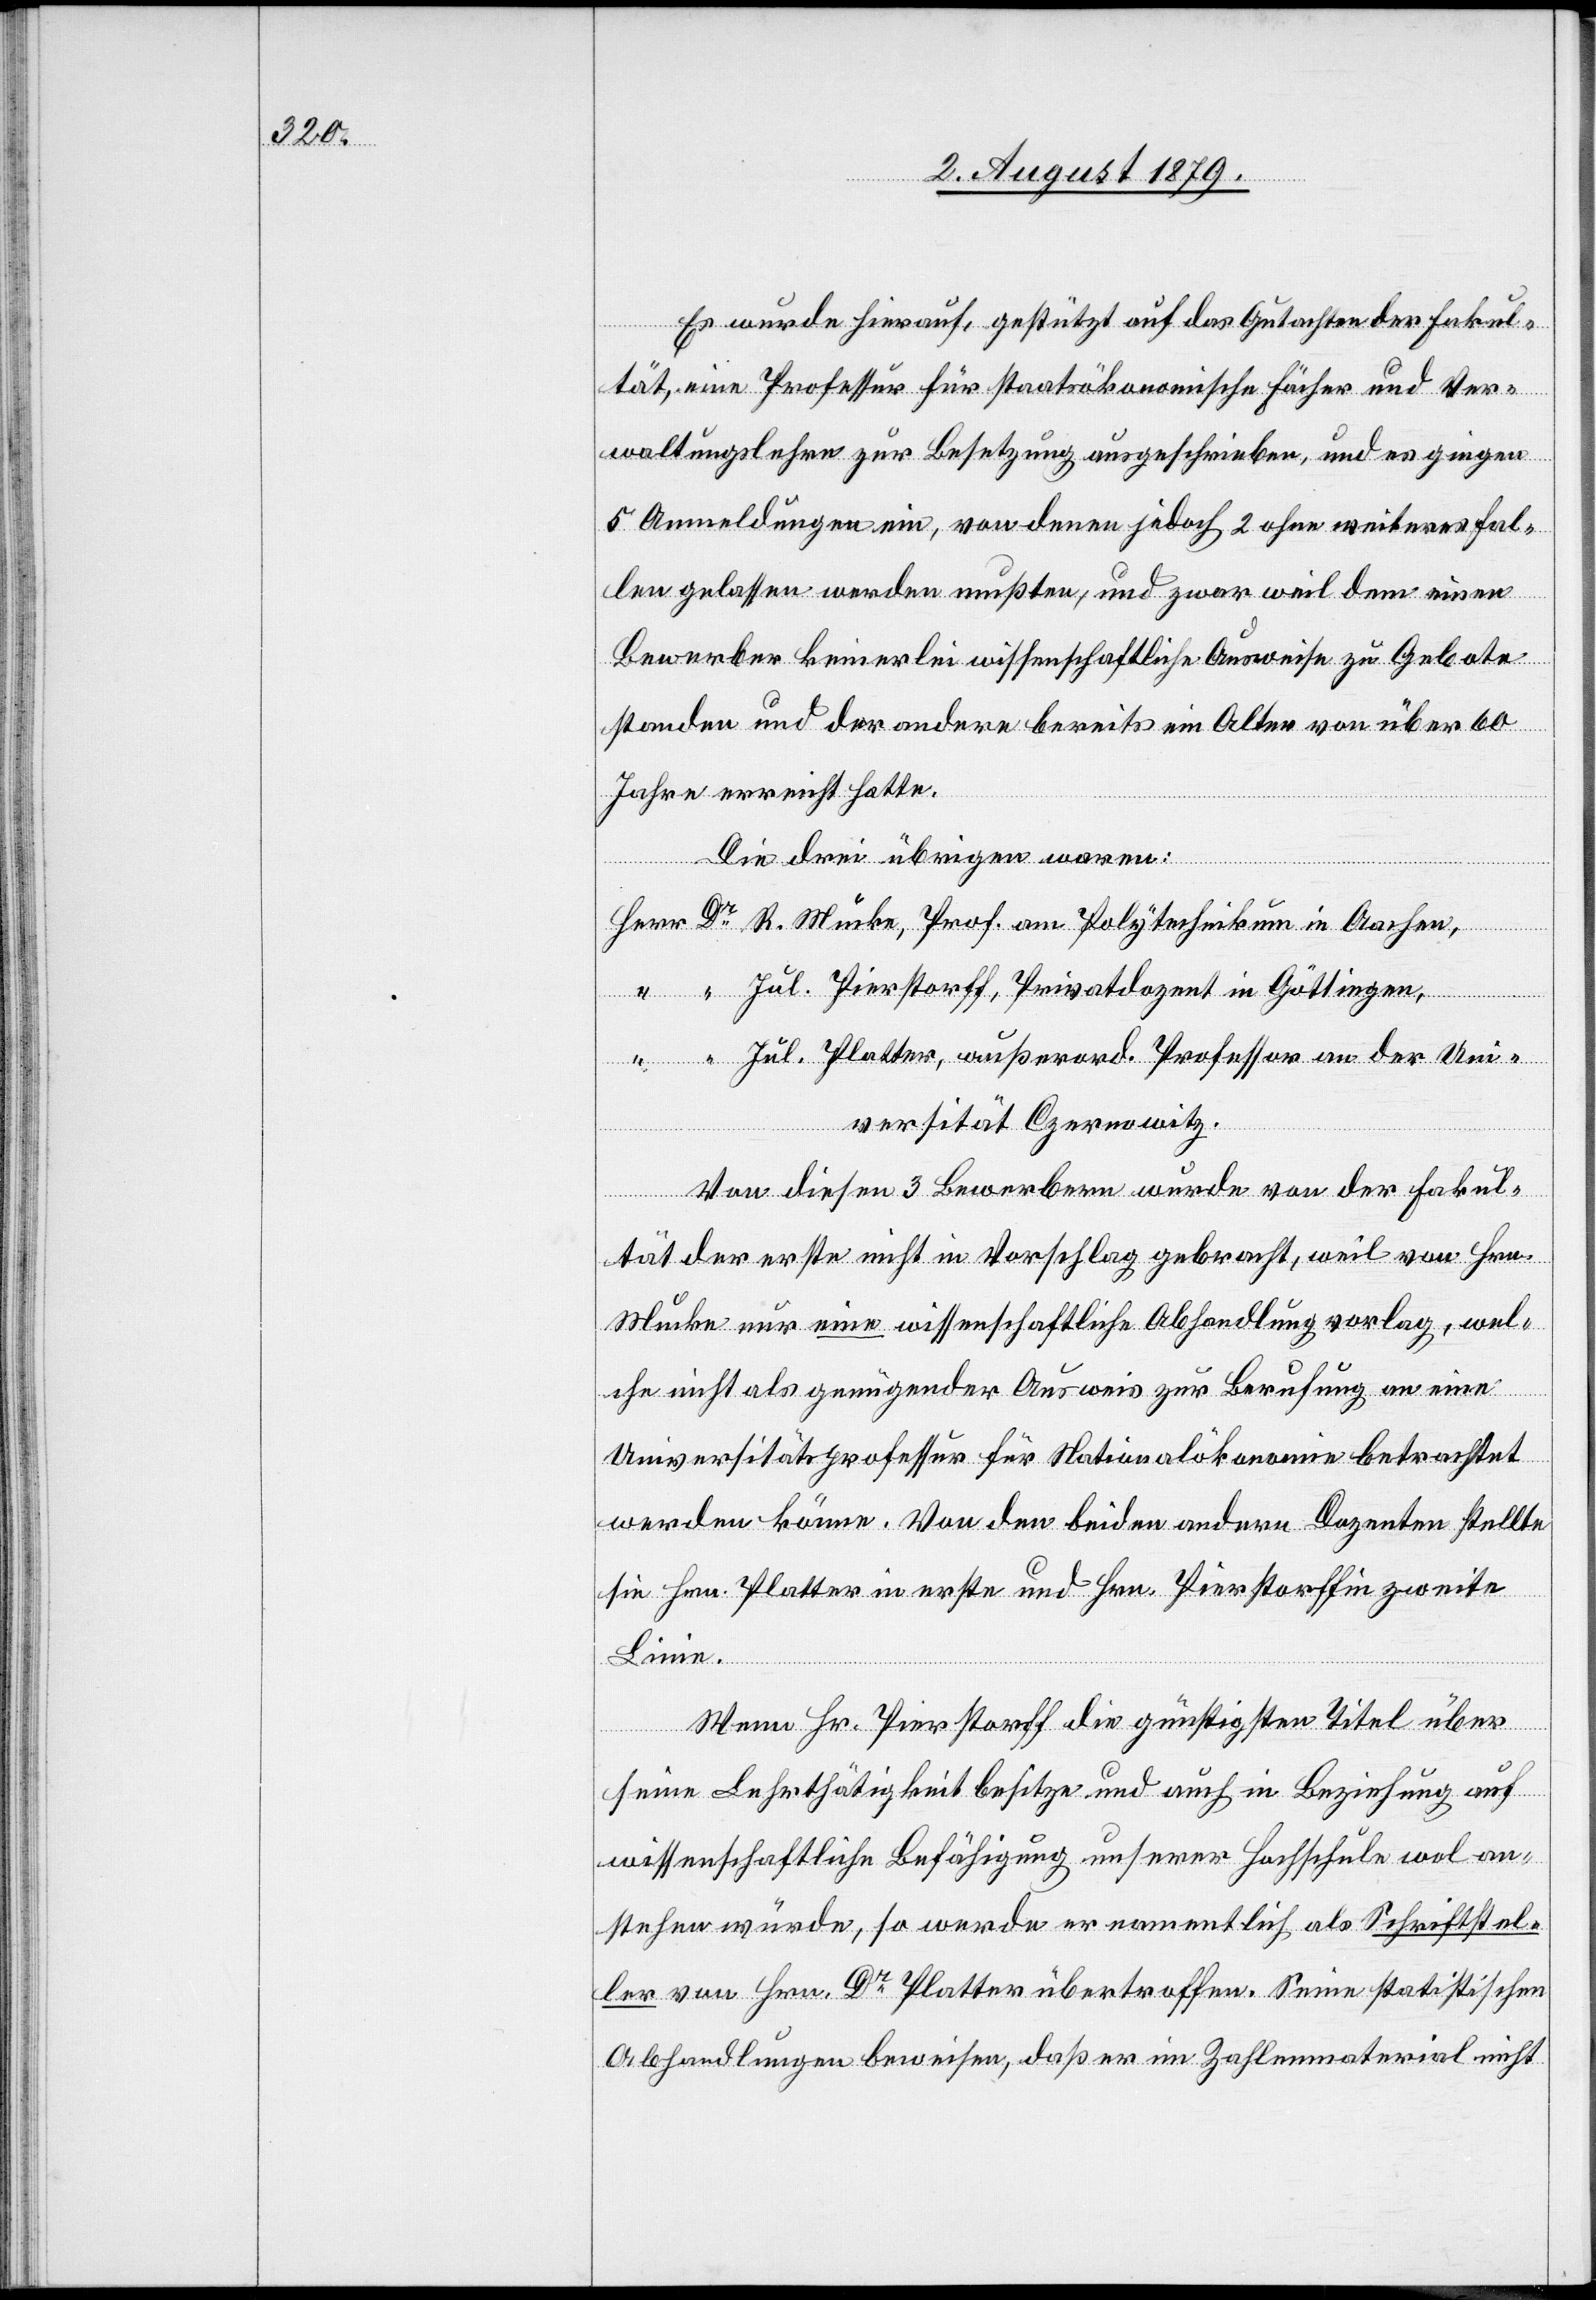
Es wurde hierauf, gestützt auf das Gutachten der Fakul¬
tät, eine Professur für staatsökonomische Fächer und Ver¬
waltungslehre zur Besetzung ausgeschrieben, und es gingen
5 Anmeldungen ein, von denen jedoch 2 ohne weiteres fal¬
len gelassen werden mußten, und zwar weil dem einen
Bewerber keinerlei wissenschaftliche Ausweise zu Gebote
standen und der andere bereits ein Alter von über 60
Jahre erreicht hatte.
Die drei übrigen waren:
Herr Dr R. Mucke, Prof. am Polytechnikum in Aachen,
“ “ Jul. Pierstorff, Privatdozent in Göttingen,
“ “ Jul Platter, außerord. Professor an der Uni¬
versität Czernowitz.
Von diesen 3 Bewerbern wurde von der Fakul¬
tät der erste nicht in Vorschlag gebracht, weil von Hrn.
Mucke nur eine wissenschaftliche Abhandlung vorlag, wel¬
che nicht als genügender Ausweis zur Berufung an eine
Universitätsprofessur für Nationalökonomie betrachtet
werden könne. Von den beiden andern Dozenten stellte
sie Hrn. Platter in erste und Hrn. Pierstorff in zweite
Linie.
Wenn Hrn. Pierstorff die günstigsten Titel über
seine Lehrthätigkeit besitze und auch in Beziehung auf
wissenschaftliche Befähigung unserer Hochschule wol an¬
stehen würde, so werde er namentlich als Schriftstel¬
ler von Hrn. Dr Platter übertroffen. Seine statistischen
Abhandlungen beweisen, daß er im Zahlenmaterial nicht